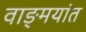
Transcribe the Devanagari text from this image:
वाङ्‌मयांत